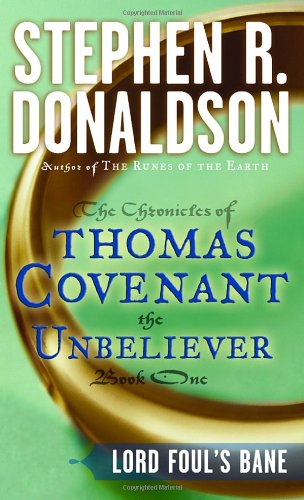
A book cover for Lord Foul's Bane (The Chronicles of Thomas Covenant the Unbeliever, Book 1); Stephen R. Donaldson; Science Fiction & Fantasy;